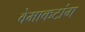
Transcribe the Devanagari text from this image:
वेमाकटांग